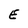
Character: E